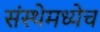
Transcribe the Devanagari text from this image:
संस्थेमध्येच